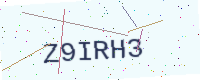
Text: Z9IRH3